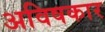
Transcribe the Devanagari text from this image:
अविषकार